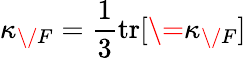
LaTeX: \kappa_{\/ F}=\frac{1}{3}\mathrm{{tr}}[\= \kappa_{\/ F}]